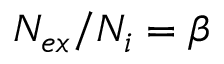
N _ { e x } / N _ { i } = \beta